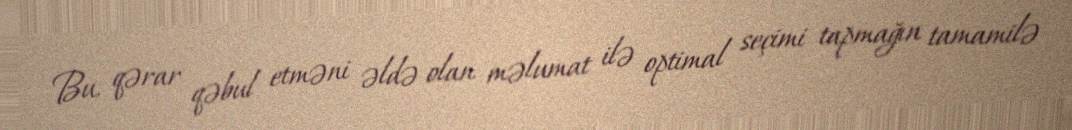
Bu, qərar qəbul etməni əldə olan məlumat ilə optimal seçimi tapmağın tamamilə